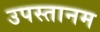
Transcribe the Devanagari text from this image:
उपस्तानम